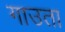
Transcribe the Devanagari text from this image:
गाउता